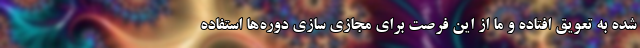
شده به تعویق افتاده و ما از این فرصت برای مجازی سازی دوره‌ها استفاده